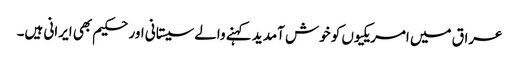
عراق میں امریکیوں کو خوش آمدید کہنے والے سیستانی اور حکیم بھی ایرانی ہیں۔